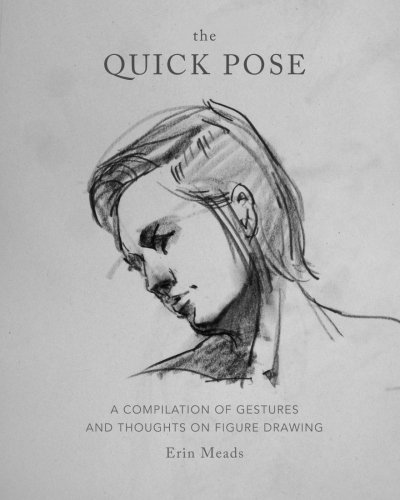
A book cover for The Quick Pose: A Compilation of Gestures and Thoughts on Figure Drawing; Erin Meads; Arts & Photography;